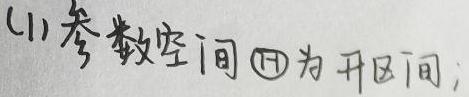
(1)参数空间$\varTheta$为开区间;